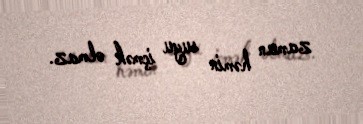
zaman həmin suyu içmək olmaz.